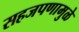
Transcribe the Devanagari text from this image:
सहजपणामुळे